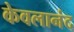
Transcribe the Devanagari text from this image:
केवलानंद